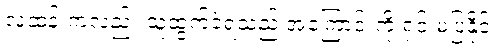
လူဆန်းကလည်း သူထွက်ခဲ့ရသည့် အကြောင်းကို ရှင်းမပြနိုင်။